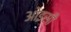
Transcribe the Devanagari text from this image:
ओइसी